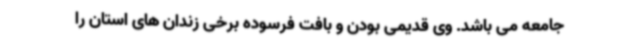
جامعه می باشد. وی قدیمی بودن و بافت فرسوده برخی زندان های استان را